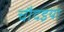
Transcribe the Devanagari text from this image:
चौदइया